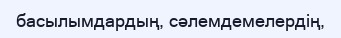
басылымдардың, сәлемдемелердің,